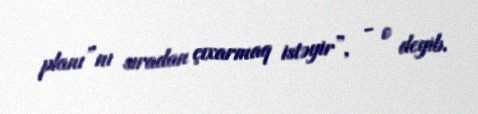
planı”nı sıradan çıxarmaq istəyir”, - o deyib.